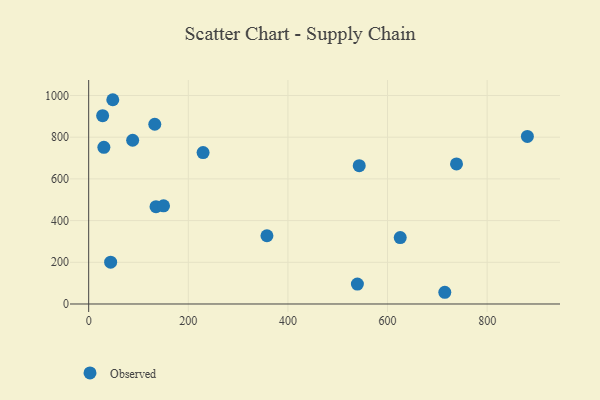
{"axis": {"x": "Experience", "y": "Sales"}, "legend": ["Observed"], "data": [{"x": "357.9", "y": 327.3, "type": "Observed"}, {"x": "880.8", "y": 803.6, "type": "Observed"}, {"x": "625.5", "y": 318.6, "type": "Observed"}, {"x": "135.2", "y": 466.7, "type": "Observed"}, {"x": "48.4", "y": 979.6, "type": "Observed"}, {"x": "229.7", "y": 726.0, "type": "Observed"}, {"x": "715.0", "y": 56.2, "type": "Observed"}, {"x": "543.2", "y": 663.5, "type": "Observed"}, {"x": "28.0", "y": 903.1, "type": "Observed"}, {"x": "44.1", "y": 200.7, "type": "Observed"}, {"x": "150.3", "y": 471.0, "type": "Observed"}, {"x": "738.5", "y": 671.5, "type": "Observed"}, {"x": "88.3", "y": 785.2, "type": "Observed"}, {"x": "132.7", "y": 862.0, "type": "Observed"}, {"x": "30.5", "y": 751.3, "type": "Observed"}, {"x": "539.5", "y": 95.7, "type": "Observed"}]}